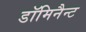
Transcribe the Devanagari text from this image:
डॉमिनैन्ट